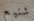
شنيع